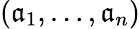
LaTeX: \left(\mathfrak{a}_{1},\ldots,\mathfrak{a}_{n}\right)